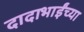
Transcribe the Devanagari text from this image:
दादाभाईंच्या